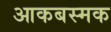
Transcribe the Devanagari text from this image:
आकबस्मक